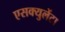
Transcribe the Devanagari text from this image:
एसक्युलेंटा